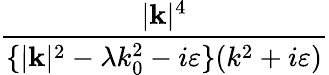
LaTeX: \frac{|\mathbf{k}|^{4}}{\{ |\mathbf{k}|^{2}-\lambda k_{0}^{2}-i\varepsilon\} (k^{2}+i\varepsilon)}